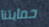
حمايتنا